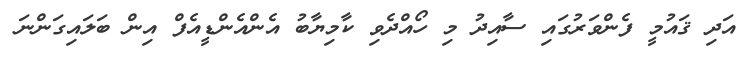
އަދި ޤައުމީ ފެންވަރުގައި ސާއިދު މި ހޯއްދެވި ކާމިޔާބު އެންއެންޑީއެފް އިން ބަލައިގަންނަ